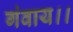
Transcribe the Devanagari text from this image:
गंवाय।।